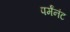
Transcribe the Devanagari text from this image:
पर्मंनंट